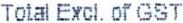
TOTAL EXCL.OF GST